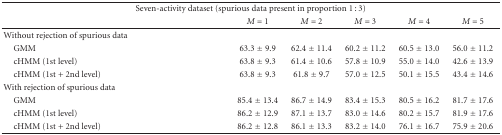
<table><thead><tr><td colspan="6"><b>Seven-activity dataset (spurious data present in proportion 1 : 3)</b></td></tr><tr><td></td><td><b><i>M</i> = 1</b></td><td><b><i>M</i> = 2</b></td><td><b><i>M</i> = 3</b></td><td><b><i>M</i> = 4</b></td><td><b><i>M</i> = 5</b></td></tr></thead><tbody><tr><td>Without rejection of spurious data</td><td></td><td></td><td></td><td></td><td></td></tr><tr><td> GMM</td><td>63.3 ± 9.9</td><td>62.4 ± 11.4</td><td>60.2 ± 11.2</td><td>60.5 ± 13.0</td><td>56.0 ± 11.2</td></tr><tr><td> cHMM (1st level)</td><td>63.8 ± 9.3</td><td>61.4 ± 10.6</td><td>57.8 ± 10.9</td><td>55.0 ± 14.0</td><td>42.6 ± 13.9</td></tr><tr><td> cHMM (1st + 2nd level)</td><td>63.8 ± 9.3</td><td>61.8 ± 9.7</td><td>57.0 ± 12.5</td><td>50.1 ± 15.5</td><td>43.4 ± 14.6</td></tr><tr><td>With rejection of spurious data</td><td></td><td></td><td></td><td></td><td></td></tr><tr><td> GMM</td><td>85.4 ± 13.4</td><td>86.7 ± 14.9</td><td>83.4 ± 15.3</td><td>80.5 ± 16.2</td><td>81.7 ± 17.6</td></tr><tr><td> cHMM (1st level)</td><td>86.2 ± 12.9</td><td>87.1 ± 13.7</td><td>83.0 ± 14.6</td><td>80.2 ± 15.7</td><td>81.9 ± 17.6</td></tr><tr><td> cHMM (1st + 2nd level)</td><td>86.2 ± 12.8</td><td>86.1 ± 13.3</td><td>83.2 ± 14.0</td><td>76.1 ± 16.7</td><td>75.9 ± 20.6</td></tr></tbody></table>